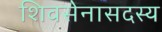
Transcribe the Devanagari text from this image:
शिवसेनासदस्य